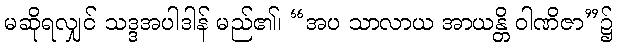
မဆိုရလျှင် သဒ္ဒအပါဒါန် မည်၏၊ “အပ သာလာယ အာယန္တိ ဝါဏိဇာ”၌